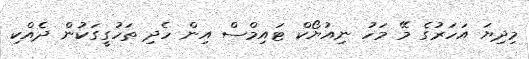
މިދިޔަ އަހަރުގެ މޭ މަހު ނިއުޔޯކް ޓައިމްސް އިން ހެދި ތަހުގީގަކުން ދެއްކި